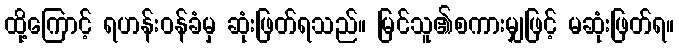
ထို့ကြောင့် ရဟန်းဝန်ခံမှ ဆုံးဖြတ်ရသည်။ မြင်သူ၏စကားမျှဖြင့် မဆုံးဖြတ်ရ။